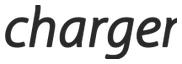
charger